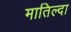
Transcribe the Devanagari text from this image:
मातिल्दा